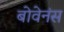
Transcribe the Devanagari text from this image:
बोवेनंस